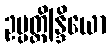
ဥပ္ပတ္တိန္ဒြိယော